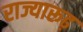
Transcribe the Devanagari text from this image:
राज्यारूढ़